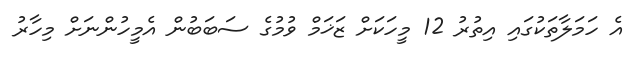
އެ ހަމަލާތަކުގައި އިތުރު 12 މީހަކަށް ޒަޚަމް ވުމުގެ ސަބަބުން އެމީހުންނަށް މިހާރު